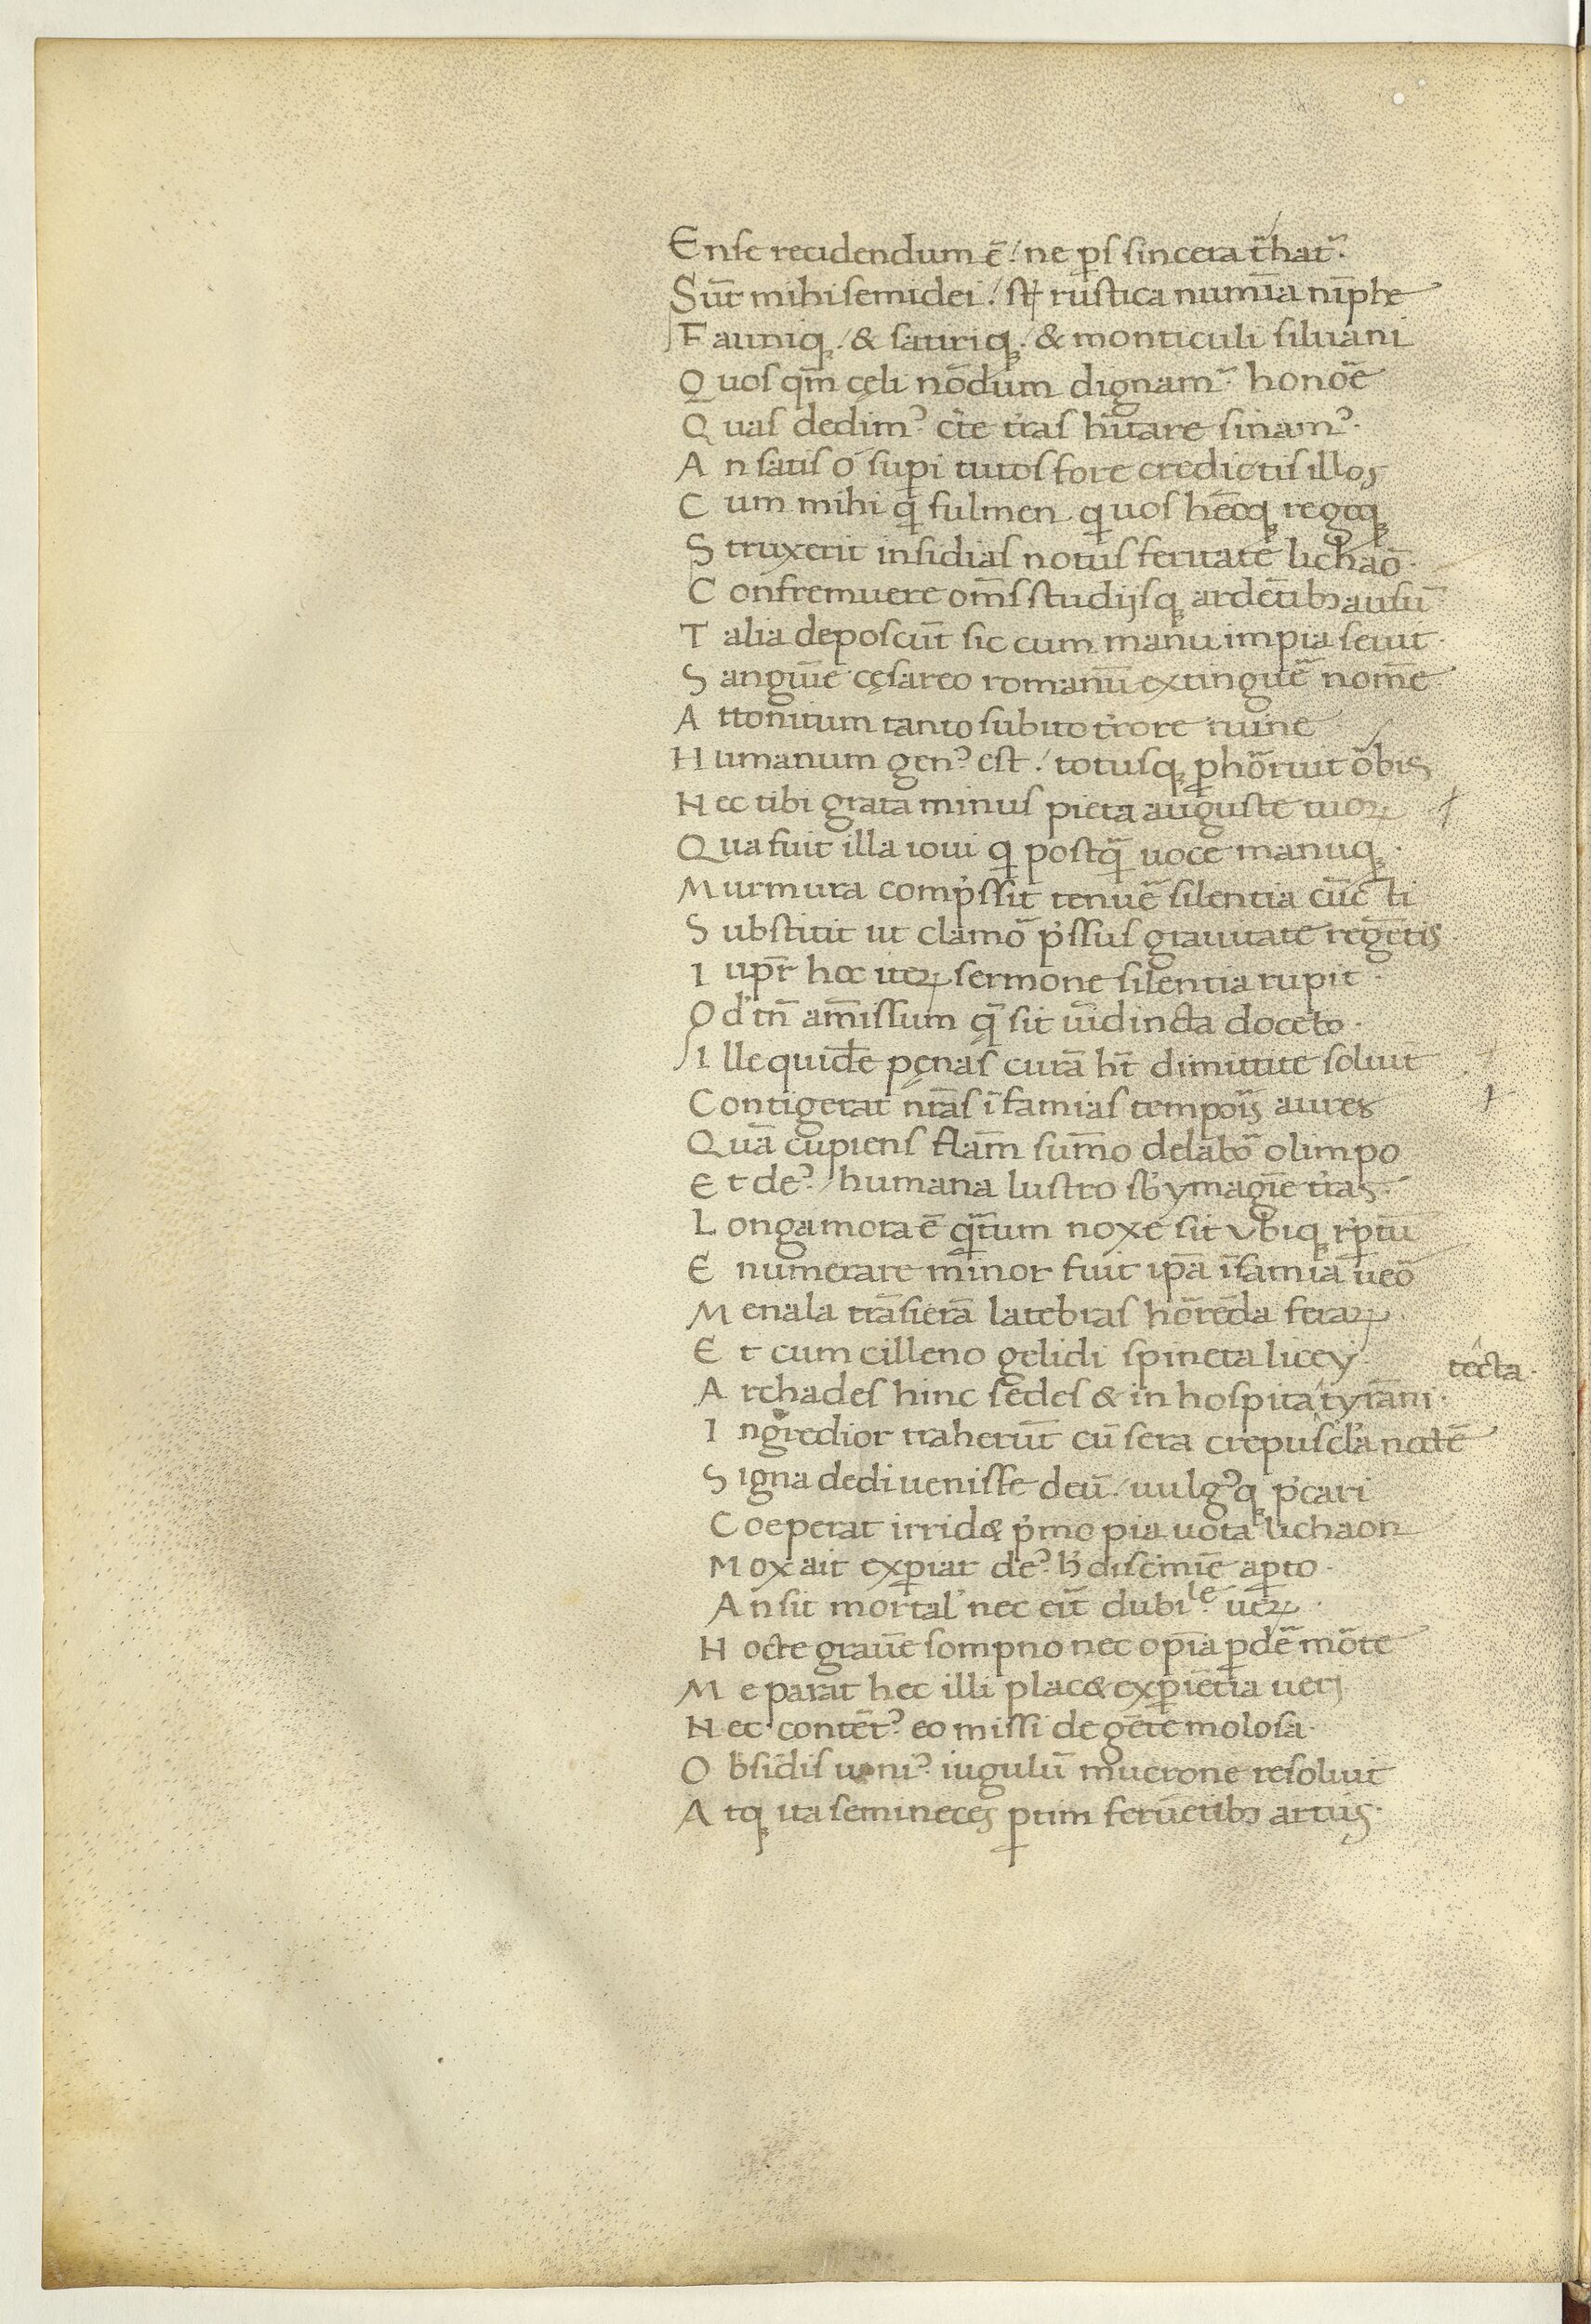
Shelfmark: Paris, BnF, Arsenal ms. 1046
Century: 15